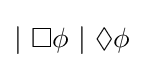
|~\Box \phi ~|~\Diamond \phi